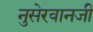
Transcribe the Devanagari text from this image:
नुसेरवानजी